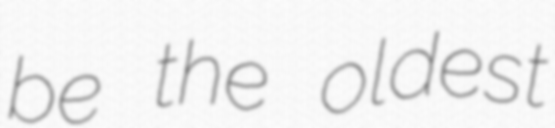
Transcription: be the oldest